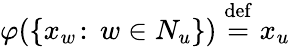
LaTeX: \varphi(\{ x_{w}\! :\, w\in N_{u}\} )\stackrel{\mathrm{def}}{=}x_{u}